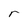
Character: r